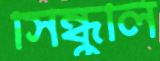
সিন্ধুলি